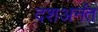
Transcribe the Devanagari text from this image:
दशअनंत